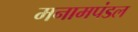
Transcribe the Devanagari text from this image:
मनामपंडल